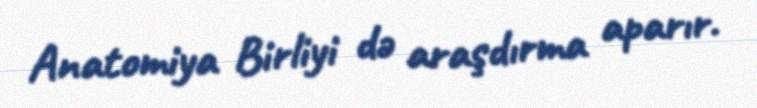
Anatomiya Birliyi də araşdırma aparır.